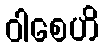
ဝါစေဟိ